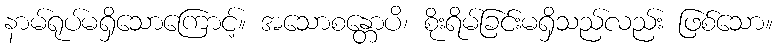
နာမ်ရုပ်မရှိသောကြောင့်။ အသောစန္တောပိ၊ စိုးရိမ်ခြင်းမရှိသည်လည်း ဖြစ်သော။